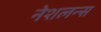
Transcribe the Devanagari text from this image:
नेशलन्स